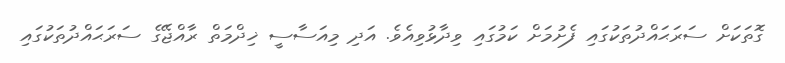
ގޮތަކަށް ސަރަޙައްދުތަކުގައި ފެށުމަށް ކަމުގައި ވިދާޅުވިއެވެ. އަދި މިއަސާސީ ޚިދްމަތް ރާއްޖޭގެ ސަރަޙައްދުތަކުގައި